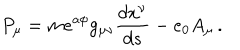
P _ { \mu } = m e ^ { a \phi } g _ { \mu \nu } \frac { d x ^ { \nu } } { d s } - e _ { 0 } A _ { \mu } \, .